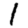
Digit: 1